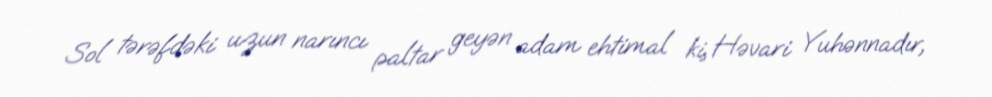
Sol tərəfdəki uzun narıncı paltar geyən adam ehtimal ki, Həvari Yuhənnadır,